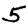
Digit: 5